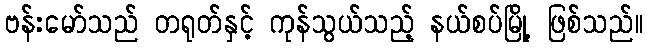
ဗန်းမော်သည် တရုတ်နှင့် ကုန်သွယ်သည့် နယ်စပ်မြို့ ဖြစ်သည်။